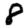
Digit: 8